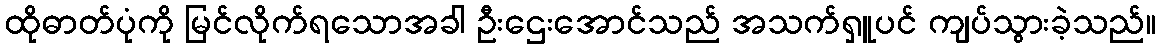
ထိုဓာတ်ပုံကို မြင်လိုက်ရသောအခါ ဦးဌေးအောင်သည် အသက်ရှူပင် ကျပ်သွားခဲ့သည်။